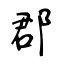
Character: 郡